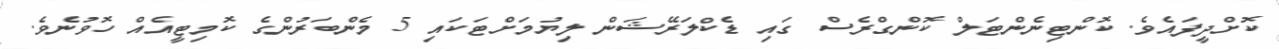
ކޮށްދީފައެވެ. ކޮންޓިނެންޓަލް ކޮންގްރެސް ގައި ޑެކްލަރޭޝަން ލިޔުމަށްޓަކައި 5 މެންބަރުންގެ ކޮމިޓީއެއް ހޮވުނެވެ.